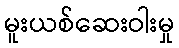
မူးယစ်ဆေးဝါးမှု